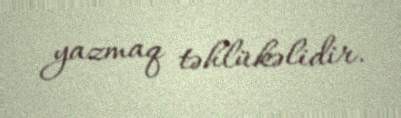
yazmaq təhlükəlidir.